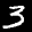
Label: 3